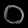
Digit: ၀